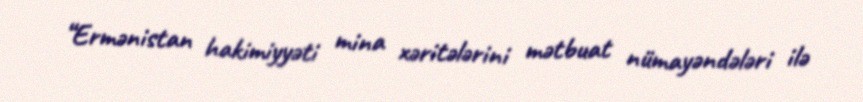
“Ermənistan hakimiyyəti mina xəritələrini mətbuat nümayəndələri ilə